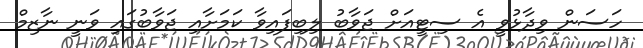
ހަސަން ވިދާޅުވީ އެ ސިޓީއަށް ޖަވާބު ލިބިފައިވާ ކަމަށާއި ޖަވާބުގައި ވަނީ ނާޒިމް